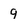
Character: q